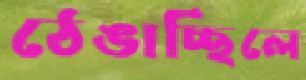
ঠেঙাচ্ছিলে